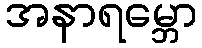
အနာရမ္ဘော